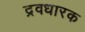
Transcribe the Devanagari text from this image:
द्रवधारक